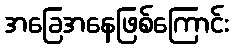
အခြေအနေဖြစ်ကြောင်း